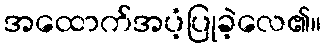
အထောက်အပံ့ပြုခဲ့လေ၏။